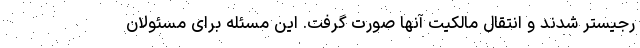
رجیستر شدند و انتقال مالکیت آنها صورت گرفت. این مسئله برای مسئولان